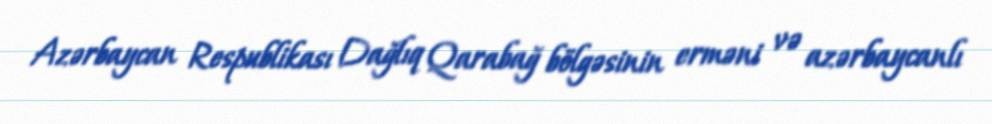
Azərbaycan Respublikası Dağlıq Qarabağ bölgəsinin erməni və azərbaycanlı